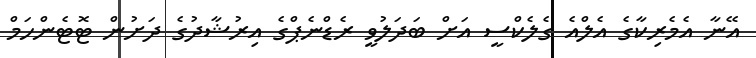
އޭނާ އެމެރިކާގެ އެލްއެ ގެލެކްސީ އަށް ބަދަލުވީ ރެޑްނެޕްގެ އިރުޝާދުގެ ދަށުން ޓޮޓެންހަމް